Scientific memoirs by medical officers of the Army of India - Part IX,
Year: 1895
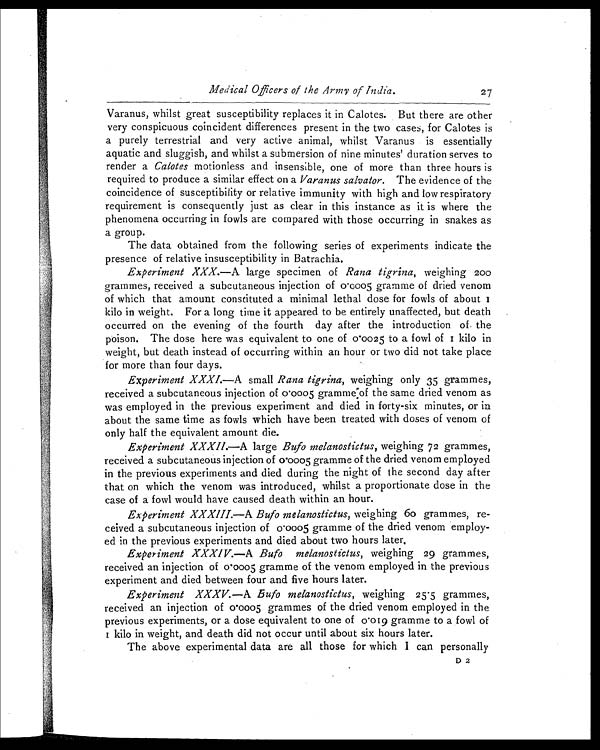
Medical Officers of the Army of India.
27
Varanus, whilst great susceptibility replaces it in Calotes. But there are other
very conspicuous coincident differences present in the two cases, for Calotes is
a purely terrestrial and very active animal, whilst Varanus is essentially
aquatic and sluggish, and whilst a submersion of nine minutes' duration serves to
render a Calotes motionless and insensible, one of more than three hours is
required to produce a similar effect on a Varanus salvator. The evidence of the
coincidence of susceptibility or relative immunity with high and low respiratory
requirement is consequently just as clear in this instance as it is where the
phenomena occurring in fowls are compared with those occurring in snakes as
a group.
The data obtained from the following series of experiments indicate the
presence of relative insusceptibility in Batrachia.
Experiment XXX.— A large specimen of Rana tigrina, weighing 200
grammes, received a subcutaneous injection of 0.0005 gramme of dried venom
of which that amount constituted a minimal lethal dose for fowls of about I
kilo in weight. For a long time it appeared to be entirely unaffected, but death
occurred on the evening of the fourth day after the introduction of. the
poison. The dose here was equivalent to one of 0.0025 to a fowl of i kilo in
weight, but death instead of occurring within an hour or two did not take place
for more than four days.
Experiment XXXI.— A small Rana tigrina, weighing only 35 grammes,
received a subcutaneous injection of 0.0005 gramme:of the same dried venom as
was employed in the previous experiment and died in forty-six minutes, or in
about the same time as fowls which have been treated with doses of venom of
only half the equivalent amount die.
Experiment XXXI1.—A large Bufo melanostictus, weighing 72 grammes,
received a subcutaneous injection of 0.0005 gramme of the dried venom employed
in the previous experiments and died during the night of the second day after
that on which the venom was introduced, whilst a proportionate dose in the
case of a fowl would have caused death within an hour.
Experiment XXXIII.— A Bufo melanostictus, weighing 60 grammes, re-
ceived a subcutaneous injection of 0.0005 gramme of the dried venom employ-
ed in the previous experiments and died about two hours later.
Experiment XXXIV.— A Bufo melanostictus, weighing 29 grammes,
received an injection of 0.0005 gramme of the venom employed in the previous
experiment and died between four and five hours later.
Experiment XXXV.—A Bufo melanostictus, weighing 25.5 grammes,
received an injection of 0.0005 grammes of the dried venom employed in the
previous experiments, or a dose equivalent to one of 0.019 gramme to a fowl of
I kilo in weight, and death did not occur until about six hours later.
The above experimental data are all those for which I can personally
D 2